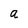
Character: a